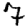
Digit: 7